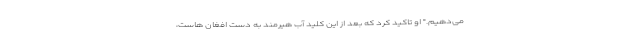
می‌دهیم." او تاکید کرد که بعد از این کلید آب هیرمند به دست افغان هاست،